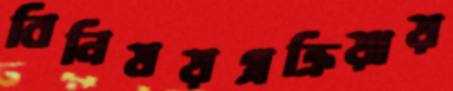
বিনিময়প্রক্রিয়ায়